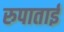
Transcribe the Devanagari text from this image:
रुपाताई